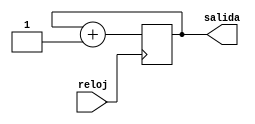
module temporizador (reloj, salida);

	input reloj;
	output [31:0] salida;
	
	reg [31:0] salida;
	
	always @(posedge reloj)
		begin
			salida <= salida + 1;
		end
		
endmodule